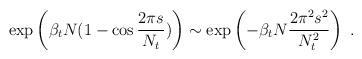
LaTeX: \begin{align*}\exp \left(\beta_t N(1-\cos {2\pi s\over N_t})\right) \sim \exp\left(-\beta_t N {2 \pi^2 s^2\over N_{t}^2}\right)~.\end{align*}